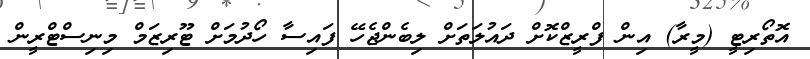
އޮތޯރިޓީ (މީރާ) އިން ފްރީޒްކޮށް ދައުލަތަށް ލިބެންޖެހޭ ފައިސާ ހޯދުމަށް ޓޫރިޒަމް މިނިސްޓްރީން